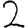
Digit: 2